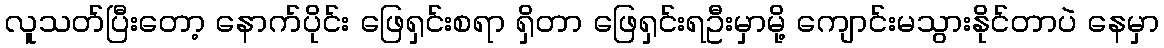
လူသတ်ပြီးတော့ နောက်ပိုင်း ဖြေရှင်းစရာ ရှိတာ ဖြေရှင်းရဦးမှာမို့ ကျောင်းမသွားနိုင်တာပဲ နေမှာ